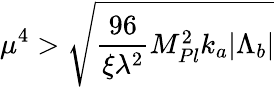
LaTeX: \mu^{4}>\sqrt{\frac{96}{\xi\lambda^{2}}M_{Pl}^{2}k_{a}|\Lambda_{b}|}